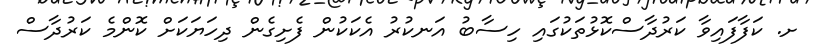
ށ. ކަފާފައިވާ ކަރުދާސްކޮޅުތަކުގައި ހިސާބު އަނކުރު އެކަކުން ފެށިގެން ދިހަޔަކަށް ކޮންމެ ކަރުދާސް